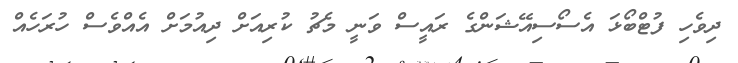
ދިވެހި ފުޓްބޯޅަ އެސޯސިއޭޝަންގެ ރައީސް ވަނީ މެޗު ކުރިއަށް ދިއުމަށް އެއްވެސް ހުރަހެއް